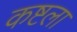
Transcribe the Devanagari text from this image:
कष्टला